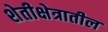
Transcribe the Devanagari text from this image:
शेतीक्षेत्रातील